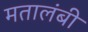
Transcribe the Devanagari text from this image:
मतालंबी